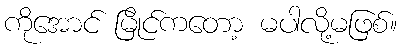
ကိုအောင် မြိုင်ကတော့ မပါလို့မဖြစ်။